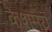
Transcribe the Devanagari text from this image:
केशमय